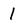
Character: 1